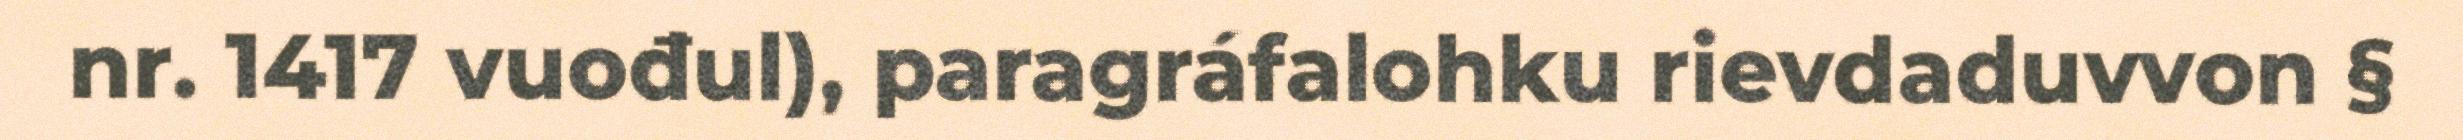
nr. 1417 vuođul), paragráfalohku rievdaduvvon §